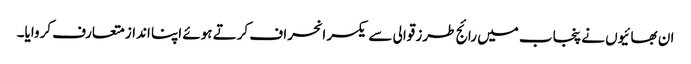
ان بھائیوں نے پنجاب میں رائج طرز قوالی سے یکسر انحراف کرتے ہوئے اپنا انداز متعارف کروایا۔